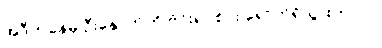
အဲဒီကနေမှ ဦးနှောက်ကို ဗိုင်းရပ်စ်ပိုး ရောက်ရှိသွားတာပါ။